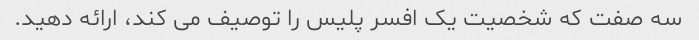
سه صفت که شخصیت یک افسر پلیس را توصیف می کند، ارائه دهید.